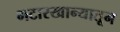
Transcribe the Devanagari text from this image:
भटारखान्यातून